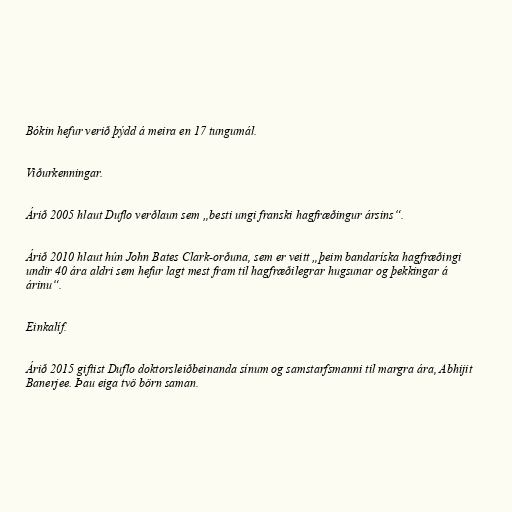
Bókin hefur verið þýdd á meira en 17 tungumál.

Viðurkenningar.

Árið 2005 hlaut Duflo verðlaun sem „besti ungi franski hagfræðingur ársins“.

Árið 2010 hlaut hún John Bates Clark-orðuna, sem er veitt „þeim bandaríska hagfræðingi
undir 40 ára aldri sem hefur lagt mest fram til hagfræðilegrar hugsunar og þekkingar á
árinu“.

Einkalíf.

Árið 2015 giftist Duflo doktorsleiðbeinanda sínum og samstarfsmanni til margra ára, Abhijit
Banerjee. Þau eiga tvö börn saman.